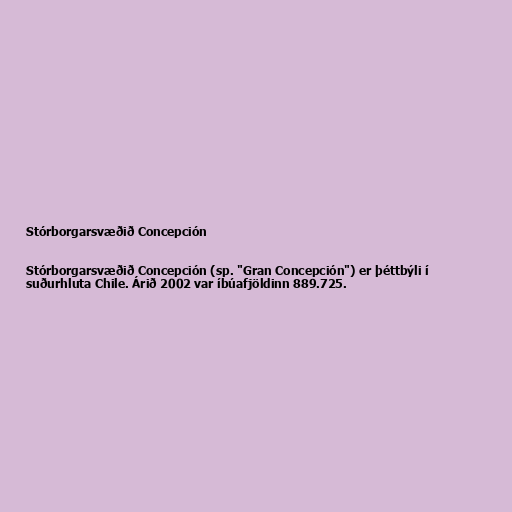
Stórborgarsvæðið Concepción

Stórborgarsvæðið Concepción (sp. "Gran Concepción") er þéttbýli í
suðurhluta Chile. Árið 2002 var íbúafjöldinn 889.725.